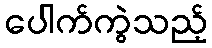
ပေါက်ကွဲသည့်